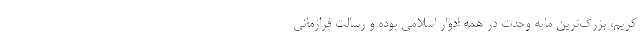
کریم، بزرگ‌ترین مایه وحدت در همه ادوار اسلامی بوده و رسالت فرازمانی